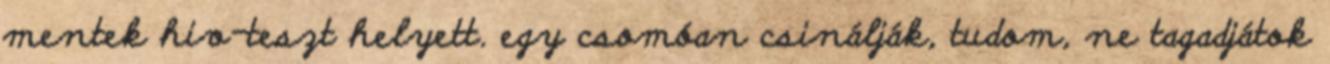
mentek hiv-teszt helyett. egy csomóan csinálják, tudom, ne tagadjátok